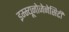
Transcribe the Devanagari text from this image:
इम्म्यूनोजेनेसिटी